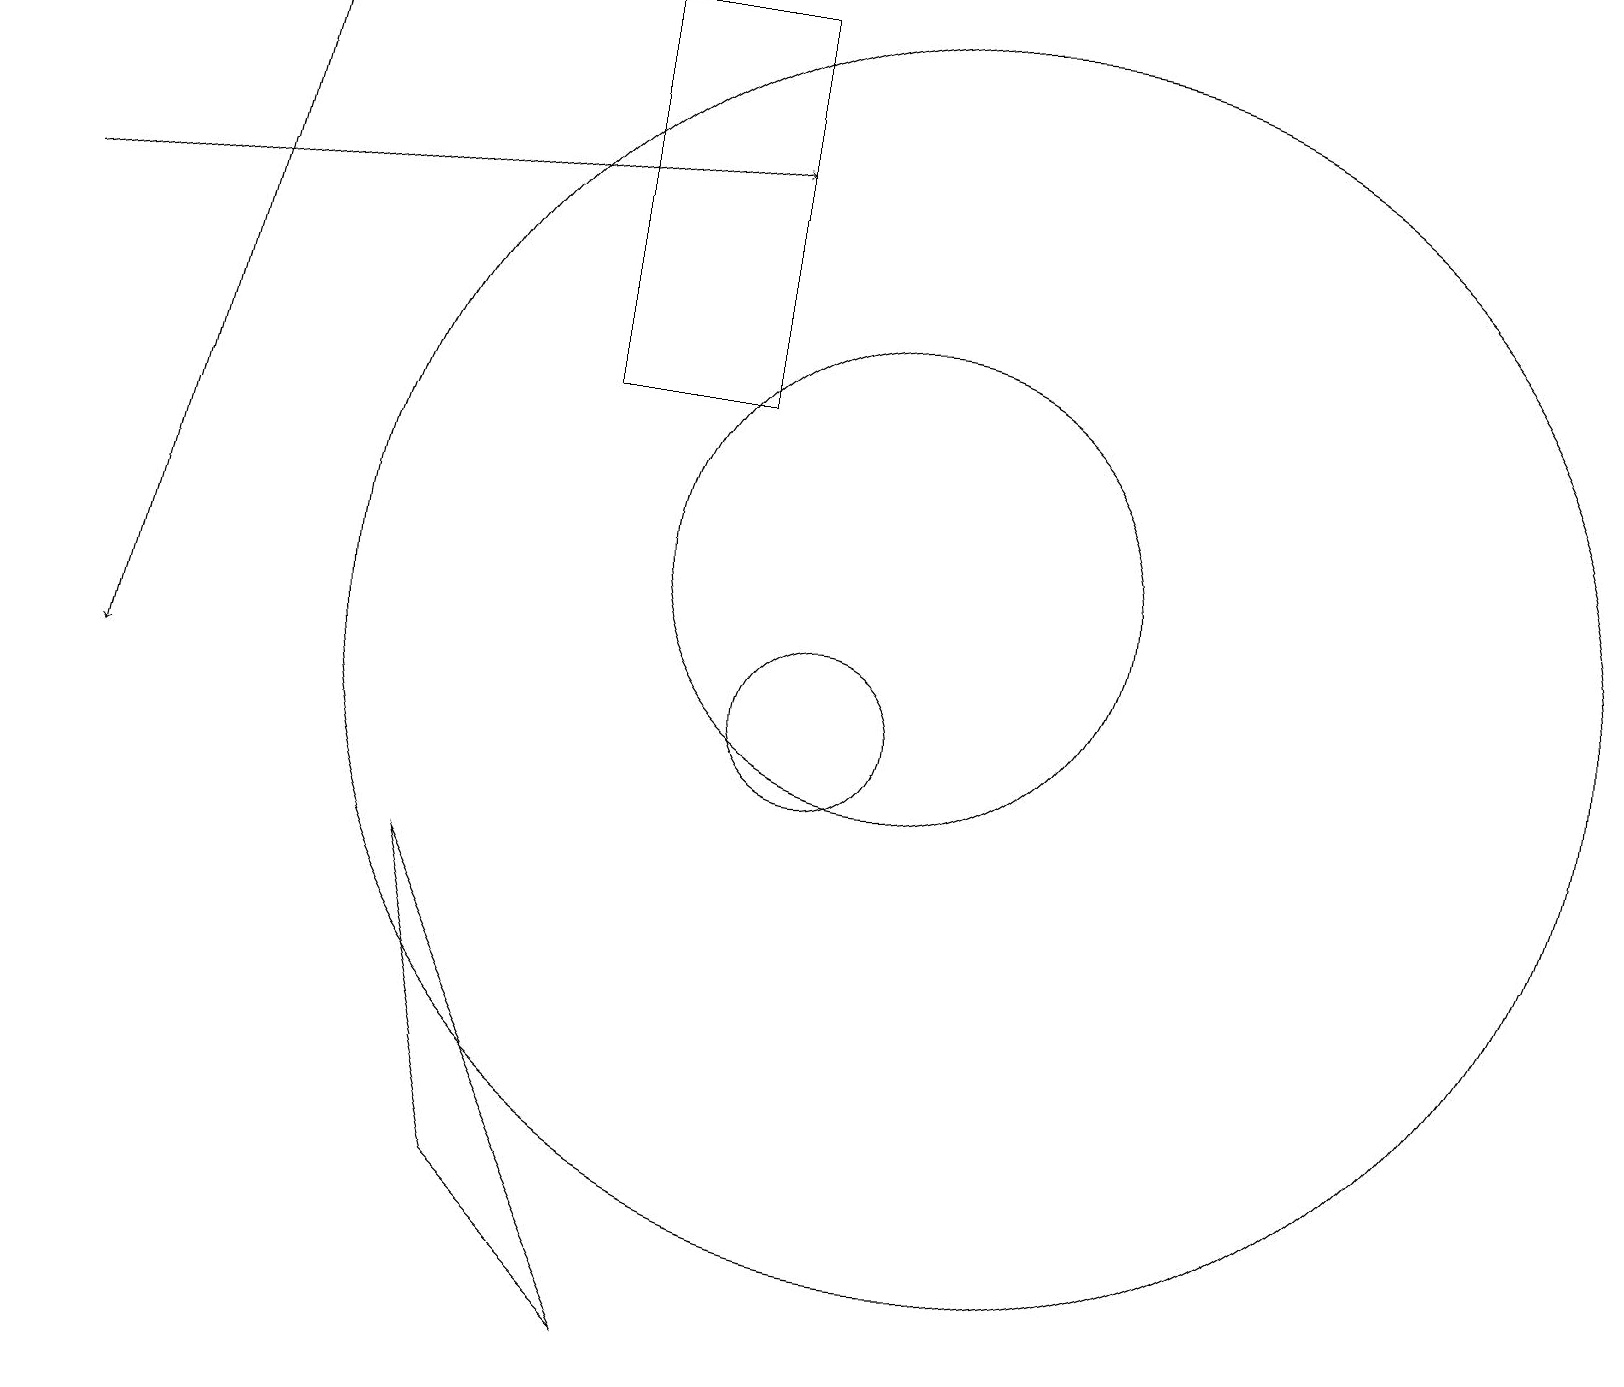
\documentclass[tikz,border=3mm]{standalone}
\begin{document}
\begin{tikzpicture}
\draw (12,11) circle (8);
\draw (11,12) circle (3);
\draw (10,10) circle (1);
\draw (5,8) -- (8,2) -- (6,4) -- cycle;
\draw[->] (0,19) -- (1,19);
\draw[->] (3,19) -- (1,10);
\draw[->] (0,16) -- (9,17);
\draw (9,14) rectangle (7,19);
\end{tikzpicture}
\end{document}